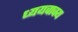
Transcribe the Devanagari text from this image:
ध्ययवाक्य